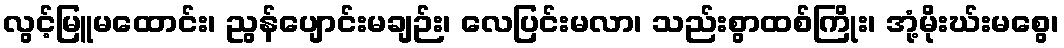
လွင့်မြူမထောင်း၊ ညွန်ပျောင်းမချဉ်း၊ လေပြင်းမလာ၊ သည်းစွာထစ်ကြိုး၊ အုံ့မိုးဃ်းမစွေ၊